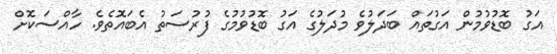
އަގު ބޮޑުވުމުން އަގުތައް ބަދަލުވެ މުދަލުގެ އަގު ބޮޑުވުމުގެ ފުރުސަތު އެބައޮތެވެ. ހާއްސަކޮށް